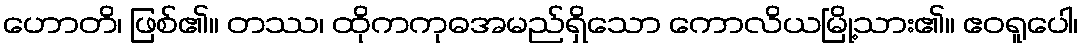
ဟောတိ၊ ဖြစ်၏။ တဿ၊ ထိုကကုဓအမည်ရှိသော ကောလိယမြို့သား၏။ ဧဝရူပေါ၊